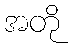
အတို